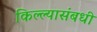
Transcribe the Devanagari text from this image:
किल्ल्यासंबधी